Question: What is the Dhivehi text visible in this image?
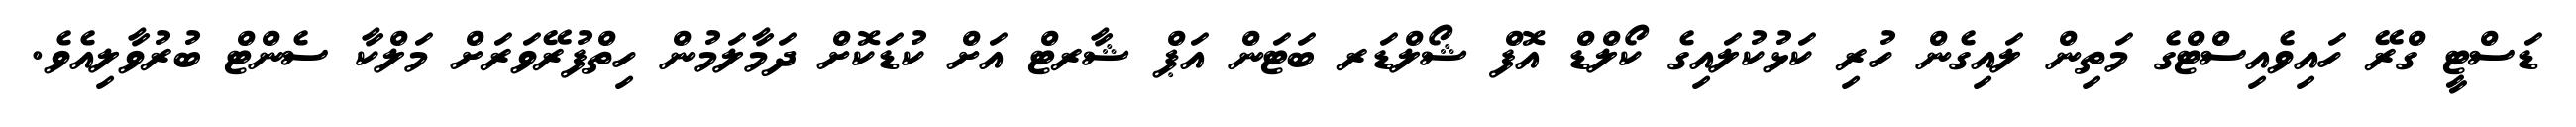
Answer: ޑަސްޓީ ގްރޭ ހައިވެއިސްޓްގެ މަތިން ލައިގެން ހުރި ކަޅުކުލައިގެ ކޯލްޑް އޮފް ޝޯލްޑަރ ބަޓަން އަޕް ޝާރޓް އަށް ކުޑަކޮށް ދަމާލަމުން ހިތްފުރޭވަރަށް މަލްކާ ސެންޓް ބުރުވާލިއެވެ.